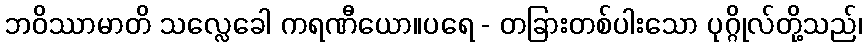
ဘဝိဿာမာတိ သလ္လေခေါ ကရဏီယော။ပရေ - တခြားတစ်ပါးသော ပုဂ္ဂိုလ်တို့သည်၊